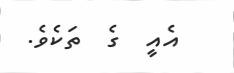
އެއީ  ގެ  ތަކެވެ.